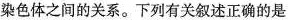
染色体之间的关系。下列有关叙述正确的是